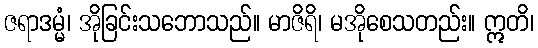
ဇရာဒမ္မံ၊ အိုခြင်းသဘောသည်။ မာဇိရိ၊ မအိုစေသတည်း။ ဣတိ၊